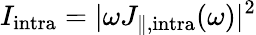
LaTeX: I_{\mathrm{intra}}=|\omega J_{\parallel,\mathrm{intra}}(\omega)|^{2}